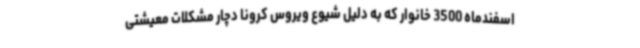
اسفندماه 3500 خانوار که به دلیل شیوع ویروس کرونا دچار مشکلات معیشتی